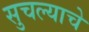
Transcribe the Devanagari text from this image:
सुचल्याचे